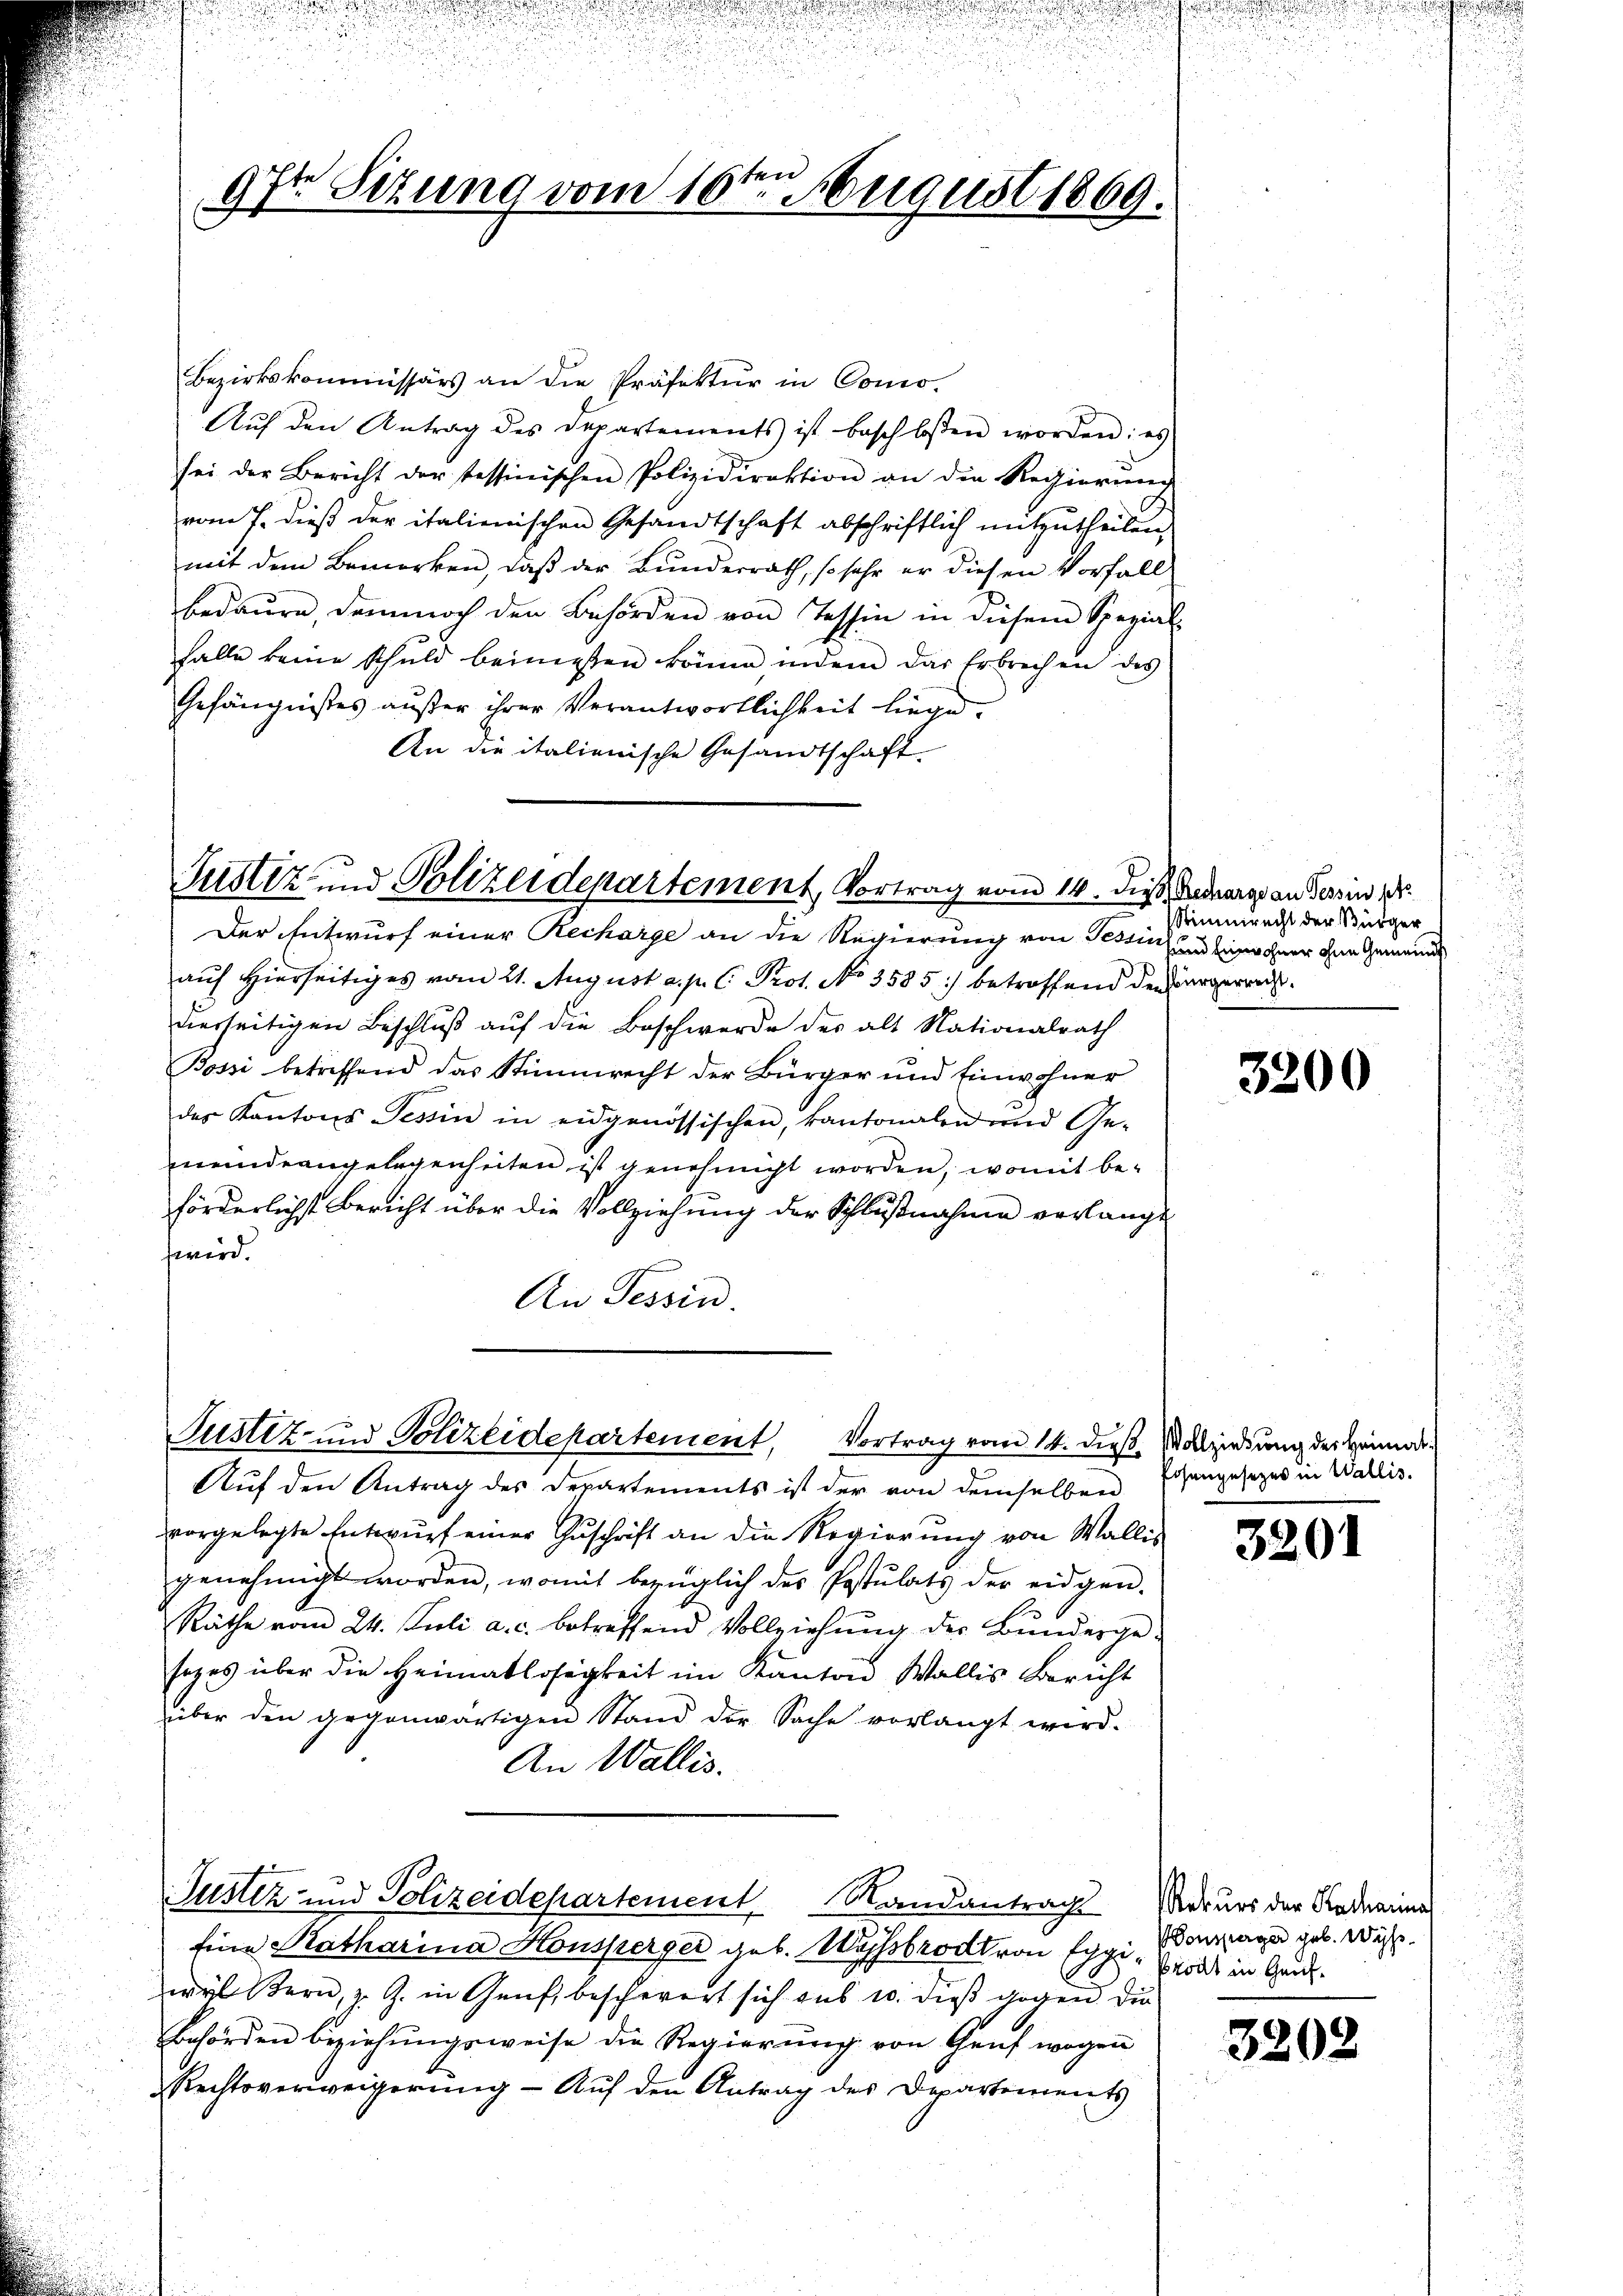
Bezirkskommissärs an die Präfektur in Como-
Aŭf den Antrag des Departements ist beschlossen worden: es
sei der Bericht der tessinischen Polizidirektion an die Regierŭng
vom 7. dieß der italienischen Gesandtschaft abschriftlich mitzutheilen
mit dem Bemerken, daß der Bundesrath, so sehr er diesen Vorfall
bedaure, dennoch den Behörden von Tessin in diesem Spezial-
falle keine Schuld beimessen könne indem das Erbrechen des
Gefängnisses außer ihrer Verantwortlichkeit liege.
An die italienische Gesandtschaft

9sten Sizung vom 10ten August 1869.

Justiz- und Polizeidepartement, Vortrag vom 14. die Bedarge an Tessin, 19

Der Entwurf einer Recharge an die Regierung von Tessinsend Einwohner den Gemeind
auf Hierseitiges vom 21. August a. p. C. Prot. No 3585) betroffend der Bürgerausderseitigen Beschlŭβ aŭf die Beschwerde des alt Nationalrath
Bossi betreffend das Stimmrecht der Bürger und Einwohner
des Kantons Tessin in eidgenössischen, kantonalen und Ge-
meindeangelegenheiten ist genehmigt worden, womit beförderlichst Bericht über die Vollziehung der Schlußnahme verlangt
wird.
An Tessin.

Aŭf den Antrag des Departements ist der von demselben
vorgelegte Entwurf einer Zuschrift an die Regierung von Wallis
genehmigt worden, womit bezüglich des Postulats der eidgen.
Räthe vom 24. Juli a. c. betreffend Vollziehŭng der Bunderge-
sezes über die Heimatlosigkeit im Kanton Wallis Bericht
über den gegenwärtigen Stand der Sache vorlangt wird.
An Wallis.
Justiz und Polizeidepartement Randantrag Mekurs der Andraine
Eine Katharina Honsperger geb. Wyss brodt von Eggerolds in Grund-
wyl Kern, z. Z. in Genf beschwert sich aus 10. dieß gegen die
Behörden beziehŭngsweise die Regierŭng von Genf wegen
Rechtsverweigerung - Auf den Antrag des Departements

Justiz- und Polizeidepartement, Vortrag vom 14. dieß. Walzindung des Heimat

Stimmrecht der Bürger

3200

Eisengesezes in Wallis.

3201

Vonsperger geb. Wyß.

3202